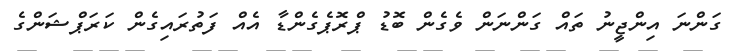
ގަންނަ އިންޖީނު ތައް ގަންނަން ވެގެން ބޮޑު ޕްރޮޕެގެންޑާ އެއް ފަތުރައިގެން ކަރަޕްޝަންގެ